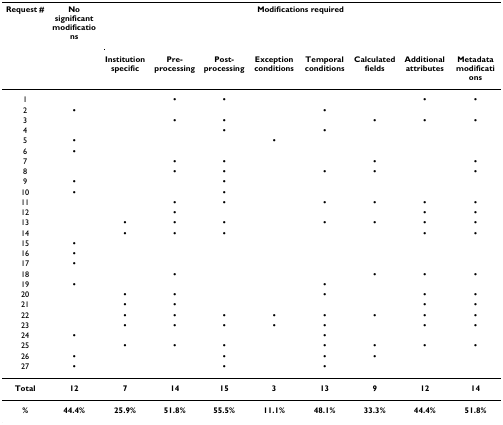
| Request # | No significant modifications | <COLSPAN=8> Modifications required |
 |  |  | Institution specific | Pre-processing | Post-processing | Exception conditions | Temporal conditions | Calculated fields | Additional attributes | Metadata modifications |
 | --- | --- | --- | --- | --- | --- | --- | --- | --- | --- |
 | 1 |  |  | • | • |  |  |  | • | • |
 | 2 | • |  |  |  |  | • |  |  |  |
 | 3 |  |  | • | • |  |  | • | • | • |
 | 4 |  |  |  | • |  | • |  |  |  |
 | 5 | • |  |  |  | • |  |  |  |  |
 | 6 | • |  |  |  |  |  |  |  |  |
 | 7 |  |  | • | • |  |  | • |  | • |
 | 8 |  |  | • | • |  | • | • |  | • |
 | 9 | • |  |  | • |  |  |  |  |  |
 | 10 | • |  |  | • |  |  |  |  |  |
 | 11 |  |  | • | • |  | • | • | • | • |
 | 12 |  |  | • |  |  |  |  | • | • |
 | 13 |  | • | • | • |  | • | • | • | • |
 | 14 |  | • | • | • |  |  |  | • | • |
 | 15 | • |  |  |  |  |  |  |  |  |
 | 16 | • |  |  |  |  |  |  |  |  |
 | 17 | • |  |  |  |  |  |  |  |  |
 | 18 |  |  | • |  |  |  | • | • | • |
 | 19 | • |  |  |  |  | • |  |  |  |
 | 20 |  | • | • |  |  | • |  | • | • |
 | 21 |  | • | • |  |  |  |  | • | • |
 | 22 |  | • | • | • | • | • | • | • | • |
 | 23 |  | • | • | • | • | • |  | • | • |
 | 24 | • |  |  |  |  | • |  |  |  |
 | 25 |  | • | • | • |  | • | • | • | • |
 | 26 | • |  |  | • |  | • | • |  |  |
 | 27 | • |  |  | • |  | • |  |  |  |
 | Total | 12 | 7 | 14 | 15 | 3 | 13 | 9 | 12 | 14 |
 | % | 44.4% | 25.9% | 51.8% | 55.5% | 11.1% | 48.1% | 33.3% | 44.4% | 51.8% |